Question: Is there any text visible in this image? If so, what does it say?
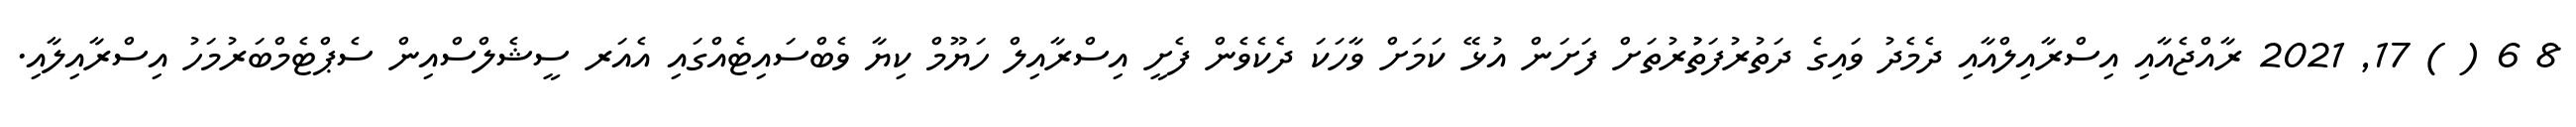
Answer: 8 6 ( ) 17, 2021 ރާއްޖެއާއި އިސްރާއިލްއާއި ދެމެދު ވައިގެ ދަތުރުފަތުުރުތަށް ފަށަން އުޅޭ ކަމަށް ވާހަކަ ދެކެވެން ފެށީ އިސްރާއިލް ހަޔޫމް ކިޔާ ވެބްސައިޓެއްގައި އެއަރ ސީޝެލްސްއިން ސެޕްޓެމްބަރުމަހު އިސްރާއިލާއި.